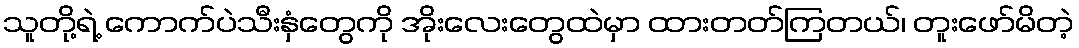
သူတို့ရဲ့ ကောက်ပဲသီးနှံတွေကို အိုးလေးတွေထဲမှာ ထားတတ်ကြတယ်၊ တူးဖော်မိတဲ့